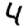
Digit: 4